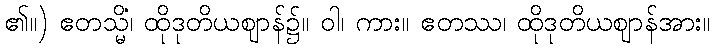
၏။) ဧတသ္မိံ၊ ထိုဒုတိယဈာန်၌။ ဝါ၊ ကား။ ဧတဿ၊ ထိုဒုတိယဈာန်အား။